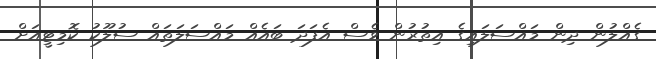
ގެއްލުން ދިން މައްސަލައިގެ އިތުރުން ވެސް އެފަދަ ބައެއް މައްސަލަތައް ސުލޫކު ކޮމިޓީއަށް